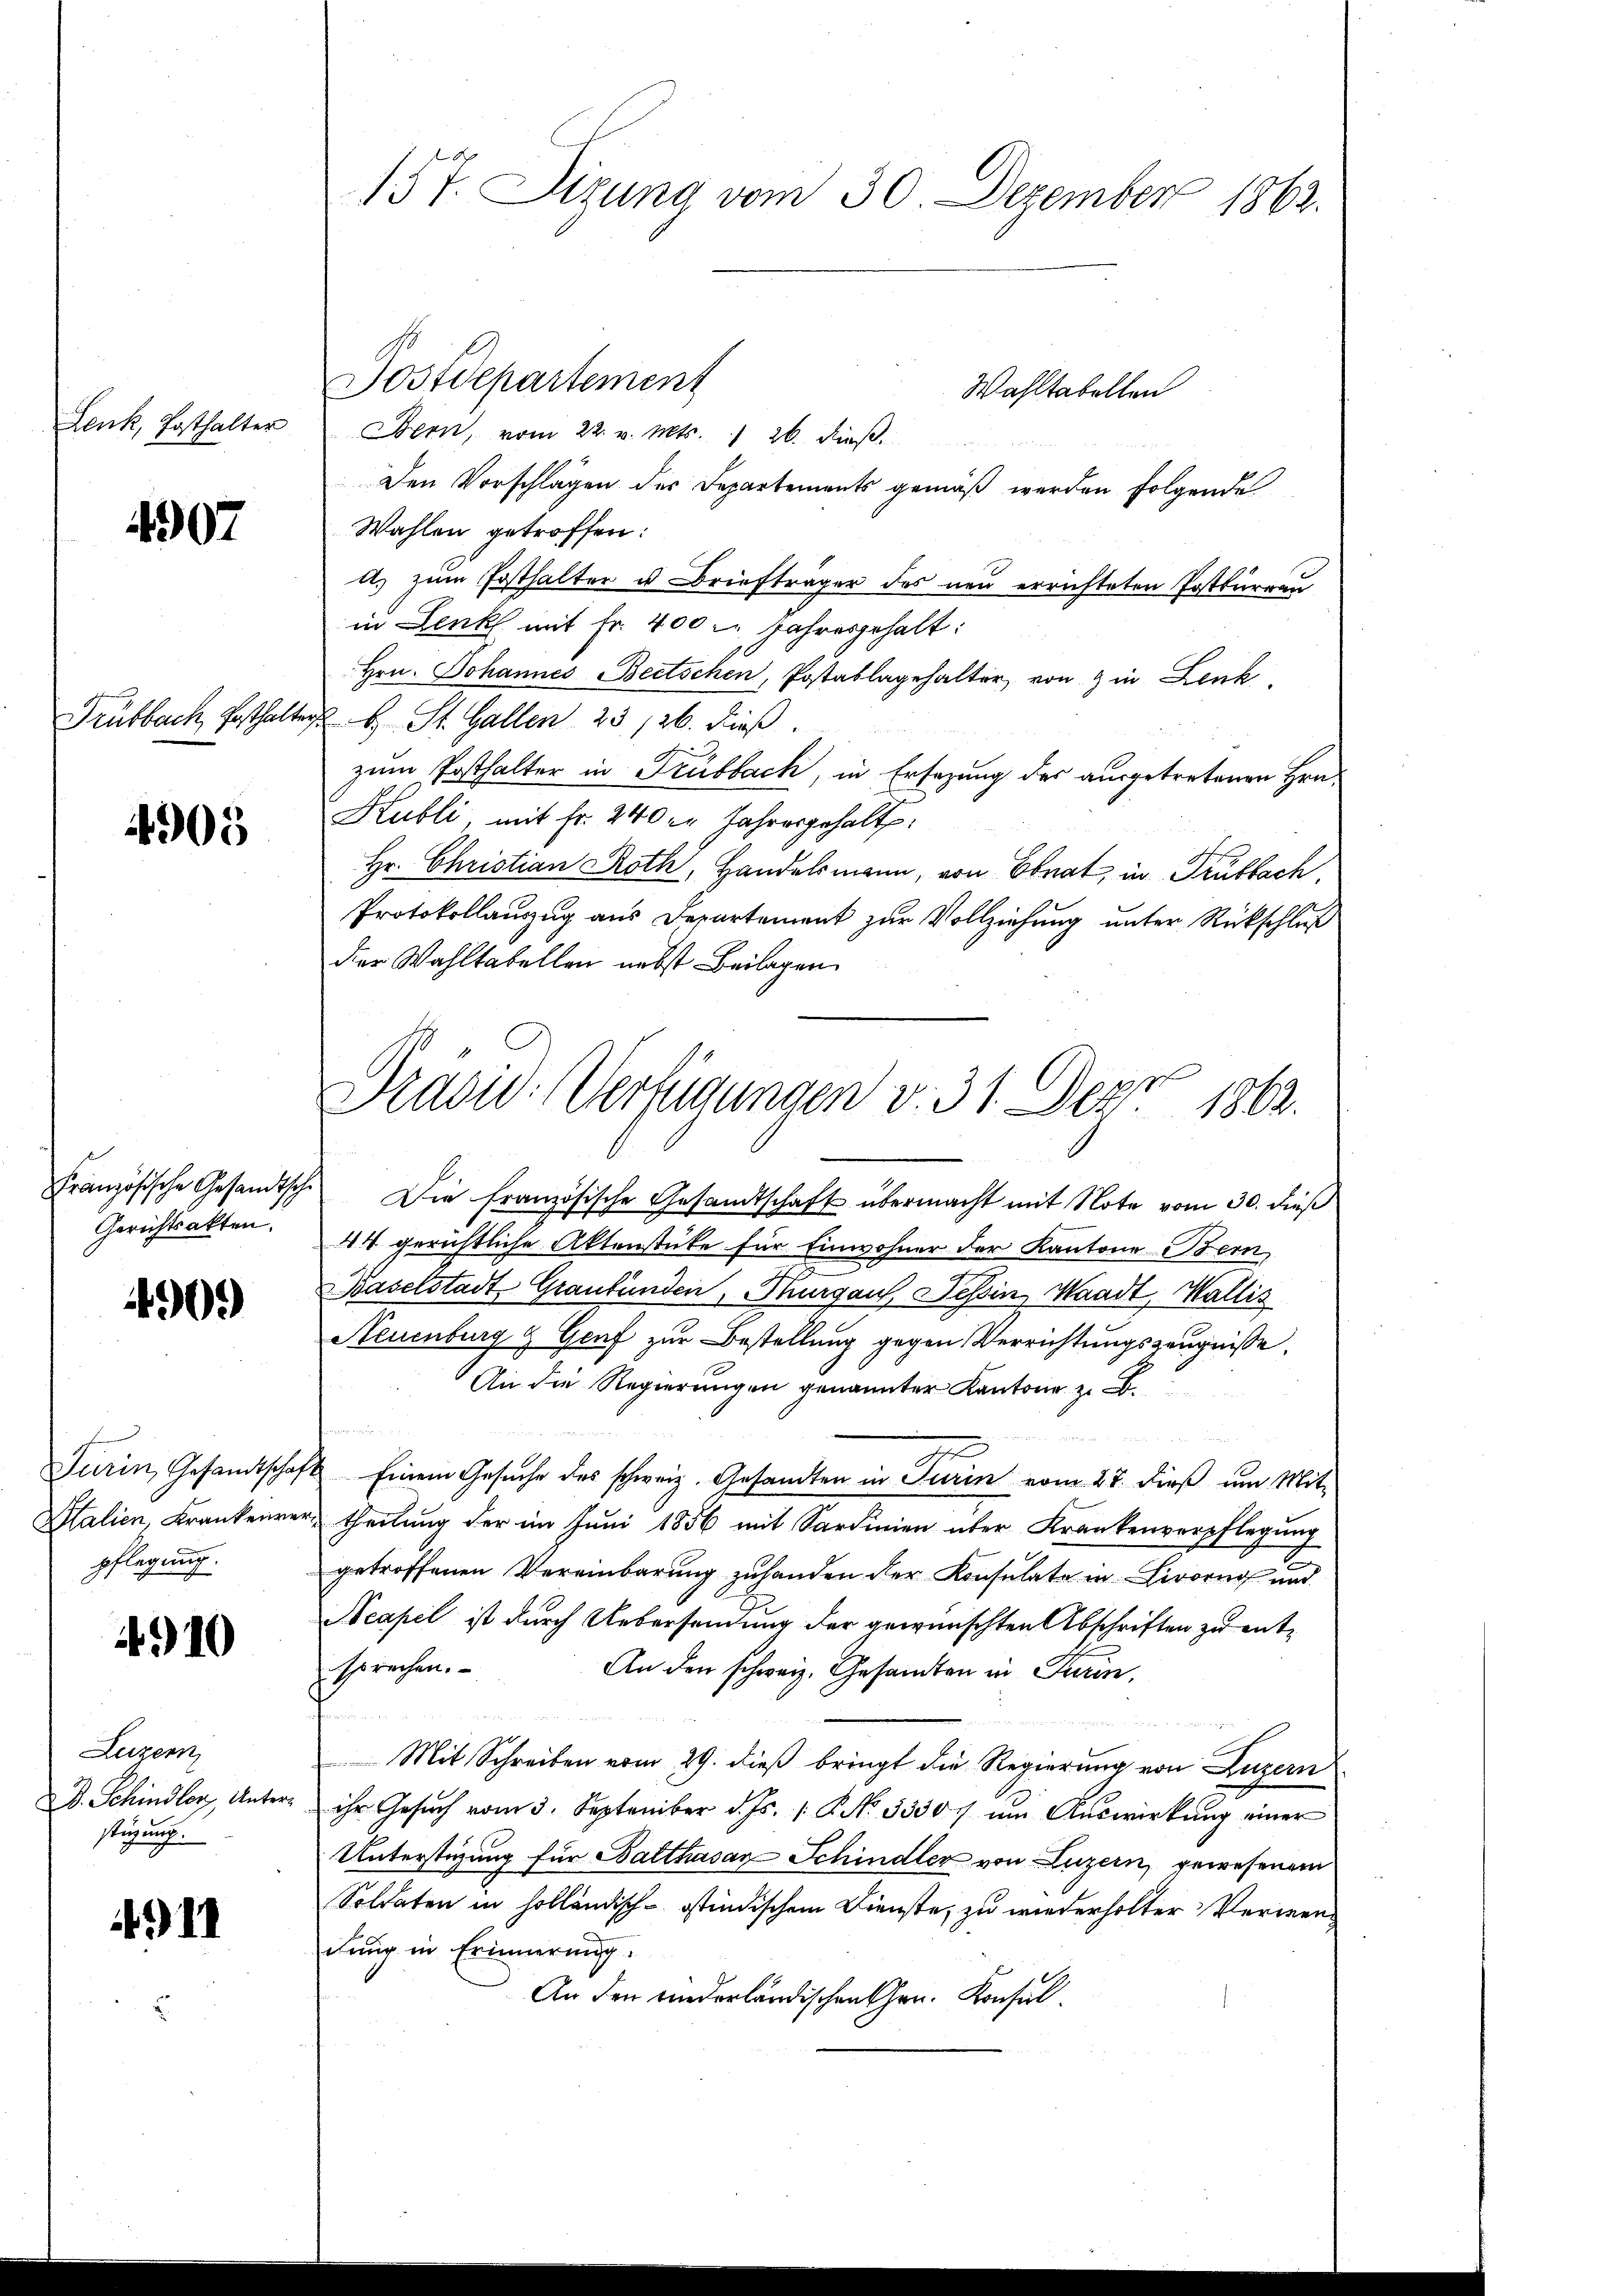
Plante Erhalten

4907

Frübbach, Pesthalte

4905

Gerichtsakten.

4909)

Turin, Gesandtschaf
Italien, Krankenre
pflegung.

4910

Luzern
B. Schindler, Unterstüzung.

.11

157. Sizung vom 30. Dezember 1862.

Wahltabellen
Bern, vom 22. v. Mts. 1 26. dieβ.
Den Vorschlägen des Departements gemäß werden folgende
Wahlen getroffen:
a. zum Posthalter u Briefträger des neu errichteten Postkurrau
in Lenk mit Fr. 400 l. Jahresgehalt:
Hrn. Johannes Beetschen, Postablagehalter, von in Lenk
Tad b. St. Gallen 23 /26. dieß.
zum Posthalter in Trubbach, in Ersezung des ausgetretenen Hrn.
Kubli, mit Fr. 240. Jahresgehalt
Hr. Christian Roth, Handelsmann, von Ebnat, in Drubbach,
Protokollauszug aus Departement zur Vollziehung unter Rückschluß
der Wahltabellen nebst Beilagen
Französische Gesandtsch. Die französische Gesandtschaft übermacht mit Note vom 30. dieß
44 gerichtliche Aktenstücke für Einwohner der Kantone Bern
Baselstadt Graubünden, Thurgau, Tessin, Waadt, Wallis
Steuenburg & Genf zur Bestellung gegen Verrichtungszeugnisse.
An die Regierungen genannter Kantone zu B.
Eige

 Einem Gesuche des schweiz. Gesandten in Turin vom 27. dieß um Mitr theilung der im Juni 1856 mit Sardinien über Krankenverpflegung
getroffenen Vereinbarung zuhanden der Konsulate in Livorn und
Acapel ist durch Uebersendung der gewünschten Abschriften zu entsprechen.
An den schweiz. Gesandten in Turin,
e
Mit Schreiben vom 29. dieß bringt die Regierung von Luzern
ihr Gesuch vom 3. September d. Js. 1. P. No. 53307 um Auswirkung einer
Unterstigung für Balthasar Schindler von Luzern, gewesenem
Soldaten in holländisch-östindischem Dienste, zu wiederholter Verwendung in Erinnerung.
An den niederländischen Ehrn. Konsul¬

Postdepartement

Prädiv. Verfügungen v. 31. Der 1862.